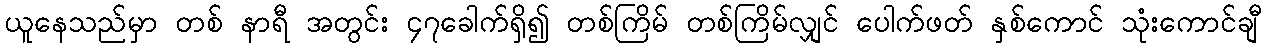
ယူနေသည်မှာ တစ် နာရီ အတွင်း ၄၇ခေါက်ရှိ၍ တစ်ကြိမ် တစ်ကြိမ်လျှင် ပေါက်ဖတ် နှစ်ကောင် သုံးကောင်ချီ